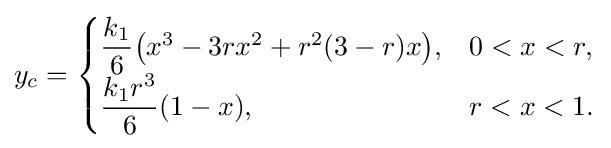
y_{c}={\begin{cases}{\dfrac {k_{1}}{6}}{\big (}x^{3}-3rx^{2}+r^{2}(3-r)x{\big )},&0<x<r,\\{\dfrac {k_{1}r^{3}}{6}}(1-x),&r<x<1.\end{cases}}